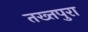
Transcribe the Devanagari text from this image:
तख्तपुरा